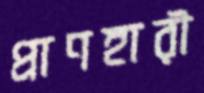
প্রাণহারী